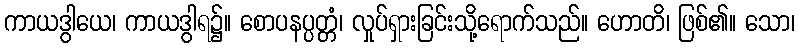
ကာယဒွါယေ၊ ကာယဒွါရ၌။ စောပနပ္ပတ္တံ၊ လှုပ်ရှားခြင်းသို့ရောက်သည်။ ဟောတိ၊ ဖြစ်၏။ သော၊